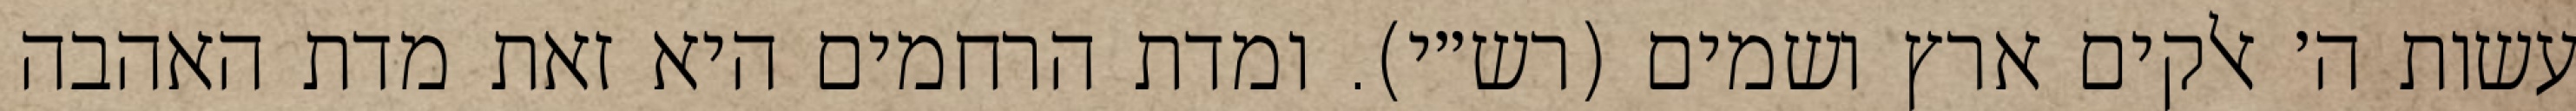
עשות ה׳ אלקים ארץ ושמים (רש״י). ומדת הרחמים היא זאת מדת האהבה